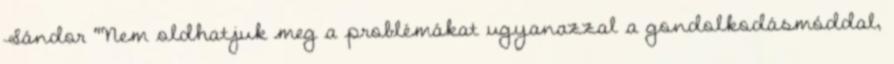
Sándor "Nem oldhatjuk meg a problémákat ugyanazzal a gondolkodásmóddal,